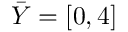
\bar { Y } = [ 0 , 4 ]